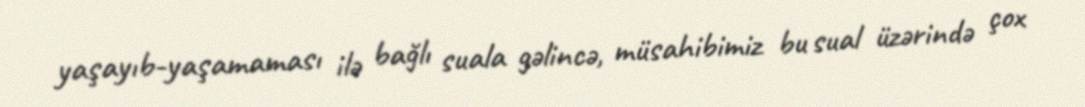
yaşayıb-yaşamaması ilə bağlı suala gəlincə, müsahibimiz bu sual üzərində çox